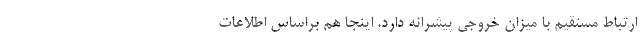
ارتباط مستقیم با میزان خروجی پیشرانه دارد. اینجا هم براساس اطلاعات